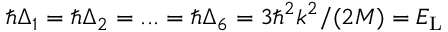
\hbar \Delta _ { 1 } = \hbar \Delta _ { 2 } = . . . = \hbar \Delta _ { 6 } = 3 \hbar ^ { 2 } k ^ { 2 } / ( 2 M ) = E _ { \mathrm { L } }